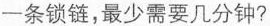
一条锁链，最少需要几分钟?